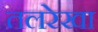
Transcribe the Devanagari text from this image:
तलरेखा